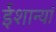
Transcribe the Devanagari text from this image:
ईशान्यां